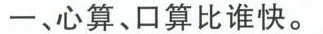
一、心算、口算比谁快。